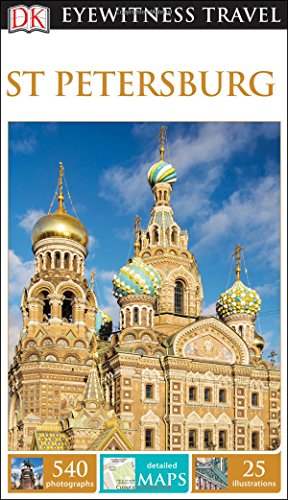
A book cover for DK Eyewitness Travel Guide: St Petersburg; DK Publishing; Travel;